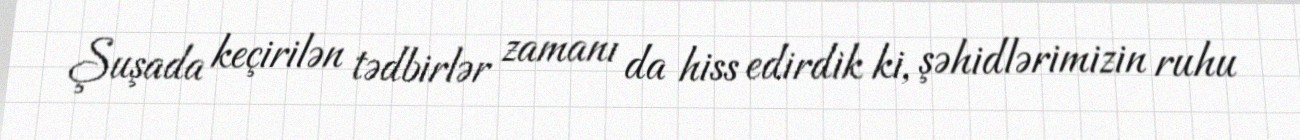
Şuşada keçirilən tədbirlər zamanı da hiss edirdik ki, şəhidlərimizin ruhu